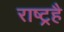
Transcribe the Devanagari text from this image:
राष्ट्रहै